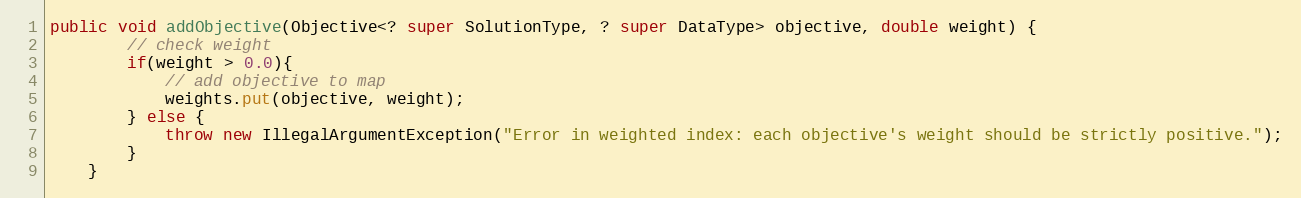
Language: Java
public void addObjective(Objective<? super SolutionType, ? super DataType> objective, double weight) {
        // check weight
        if(weight > 0.0){
            // add objective to map
            weights.put(objective, weight);
        } else {
            throw new IllegalArgumentException("Error in weighted index: each objective's weight should be strictly positive.");
        }
    }